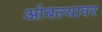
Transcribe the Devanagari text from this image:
आंबल्यावर